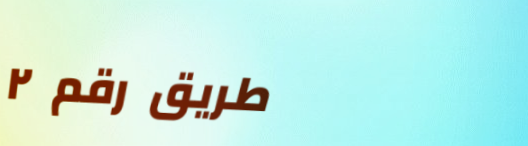
طريق رقم ٢